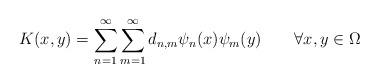
LaTeX: \begin{align*}K(x,y)=\sum_{n=1}^{\infty}\sum_{m=1}^{\infty}d_{n,m}\psi_{n}(x)\psi_{m}(y)\qquad\forall x,y\in\Omega\quad \end{align*}